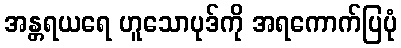
အန္တရယရေ ဟူသောပုဒ်ကို အရကောက်ပြပုံ